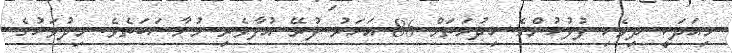
މިއަދަކީ ދިވެހި ފުލުހުންގެ ޚިދުމަތަށް 86 އަހަރު ފުރޭ އުފާވެރި މުނާސަބަތެވެ. މިދުވަހުގެ